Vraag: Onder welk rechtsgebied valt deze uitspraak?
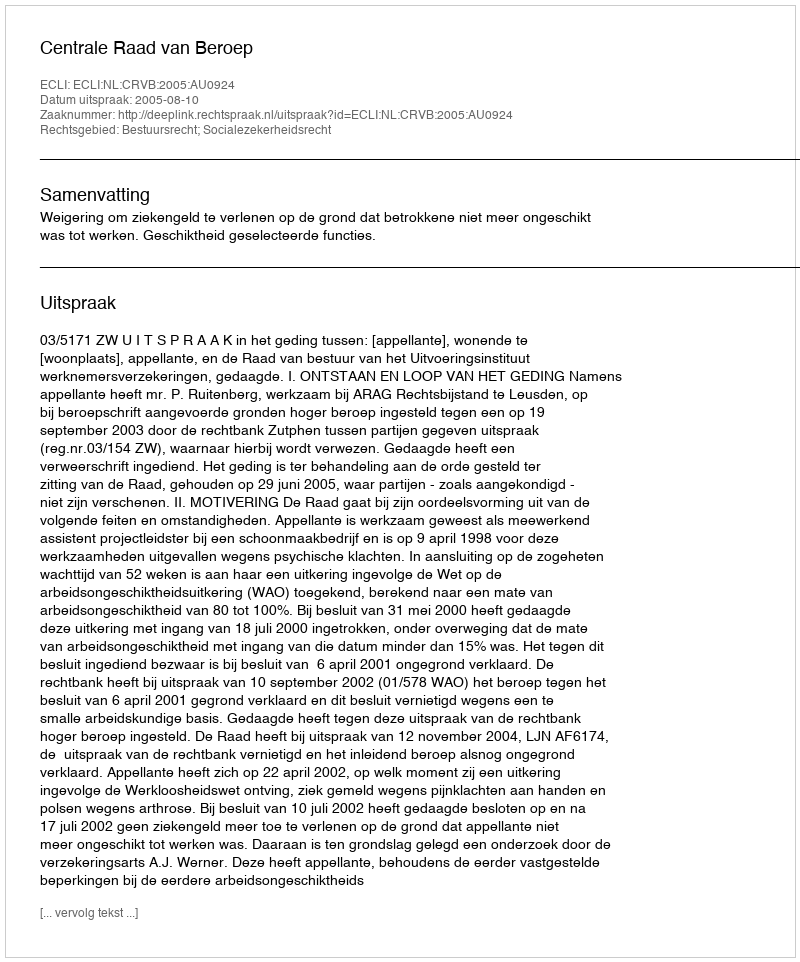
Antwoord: Bestuursrecht; Socialezekerheidsrecht